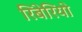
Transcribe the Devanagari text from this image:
रिबेरियो